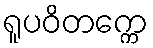
ရူပဝိတက္ကေ